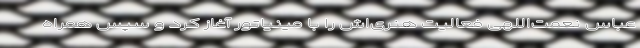
عباس نعمت‌اللهی فعالیت هنری‌اش را با مینیاتور آغاز کرد و سپس همراه